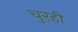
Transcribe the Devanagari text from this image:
चुरही